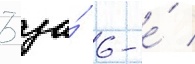
3 за́ 6-е́ /